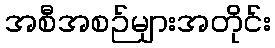
အစီအစဉ်များအတိုင်း